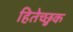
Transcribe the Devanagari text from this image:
हितेच्छुक